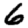
Digit: 6